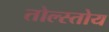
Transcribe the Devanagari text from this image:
तोल्स्तोय